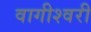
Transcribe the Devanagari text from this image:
वागीश्‍वरी